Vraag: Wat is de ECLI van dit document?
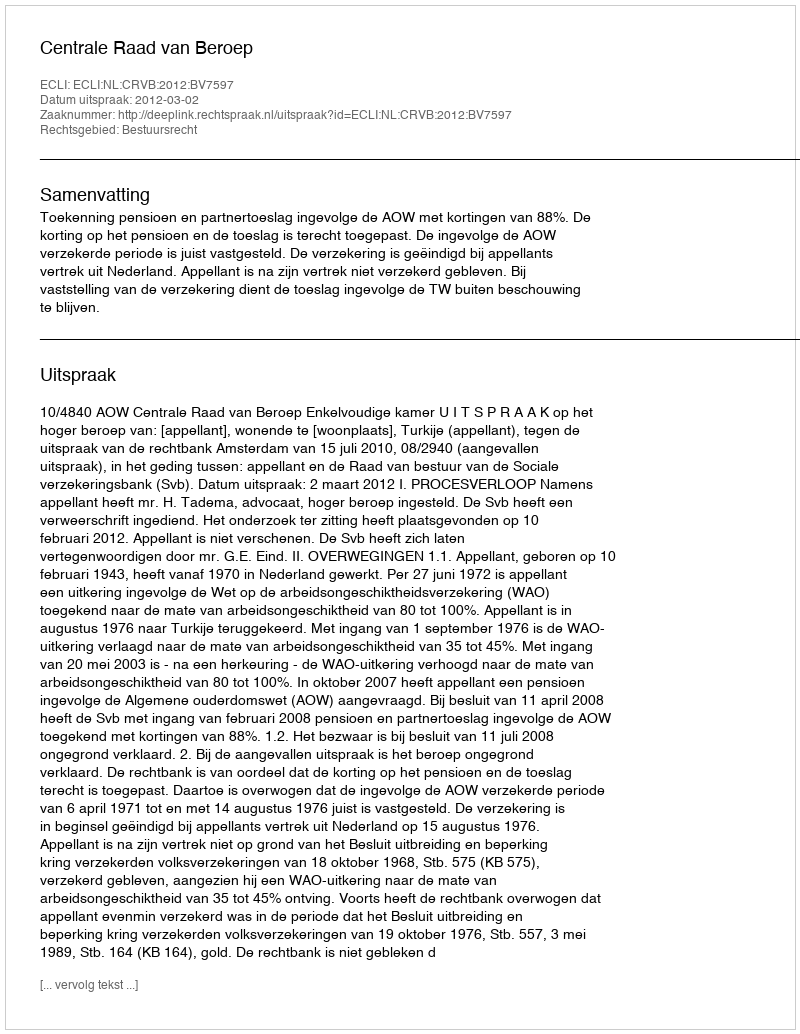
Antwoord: ECLI:NL:CRVB:2012:BV7597